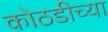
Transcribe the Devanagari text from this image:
कोठडीच्या